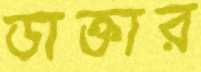
ডাক্তার